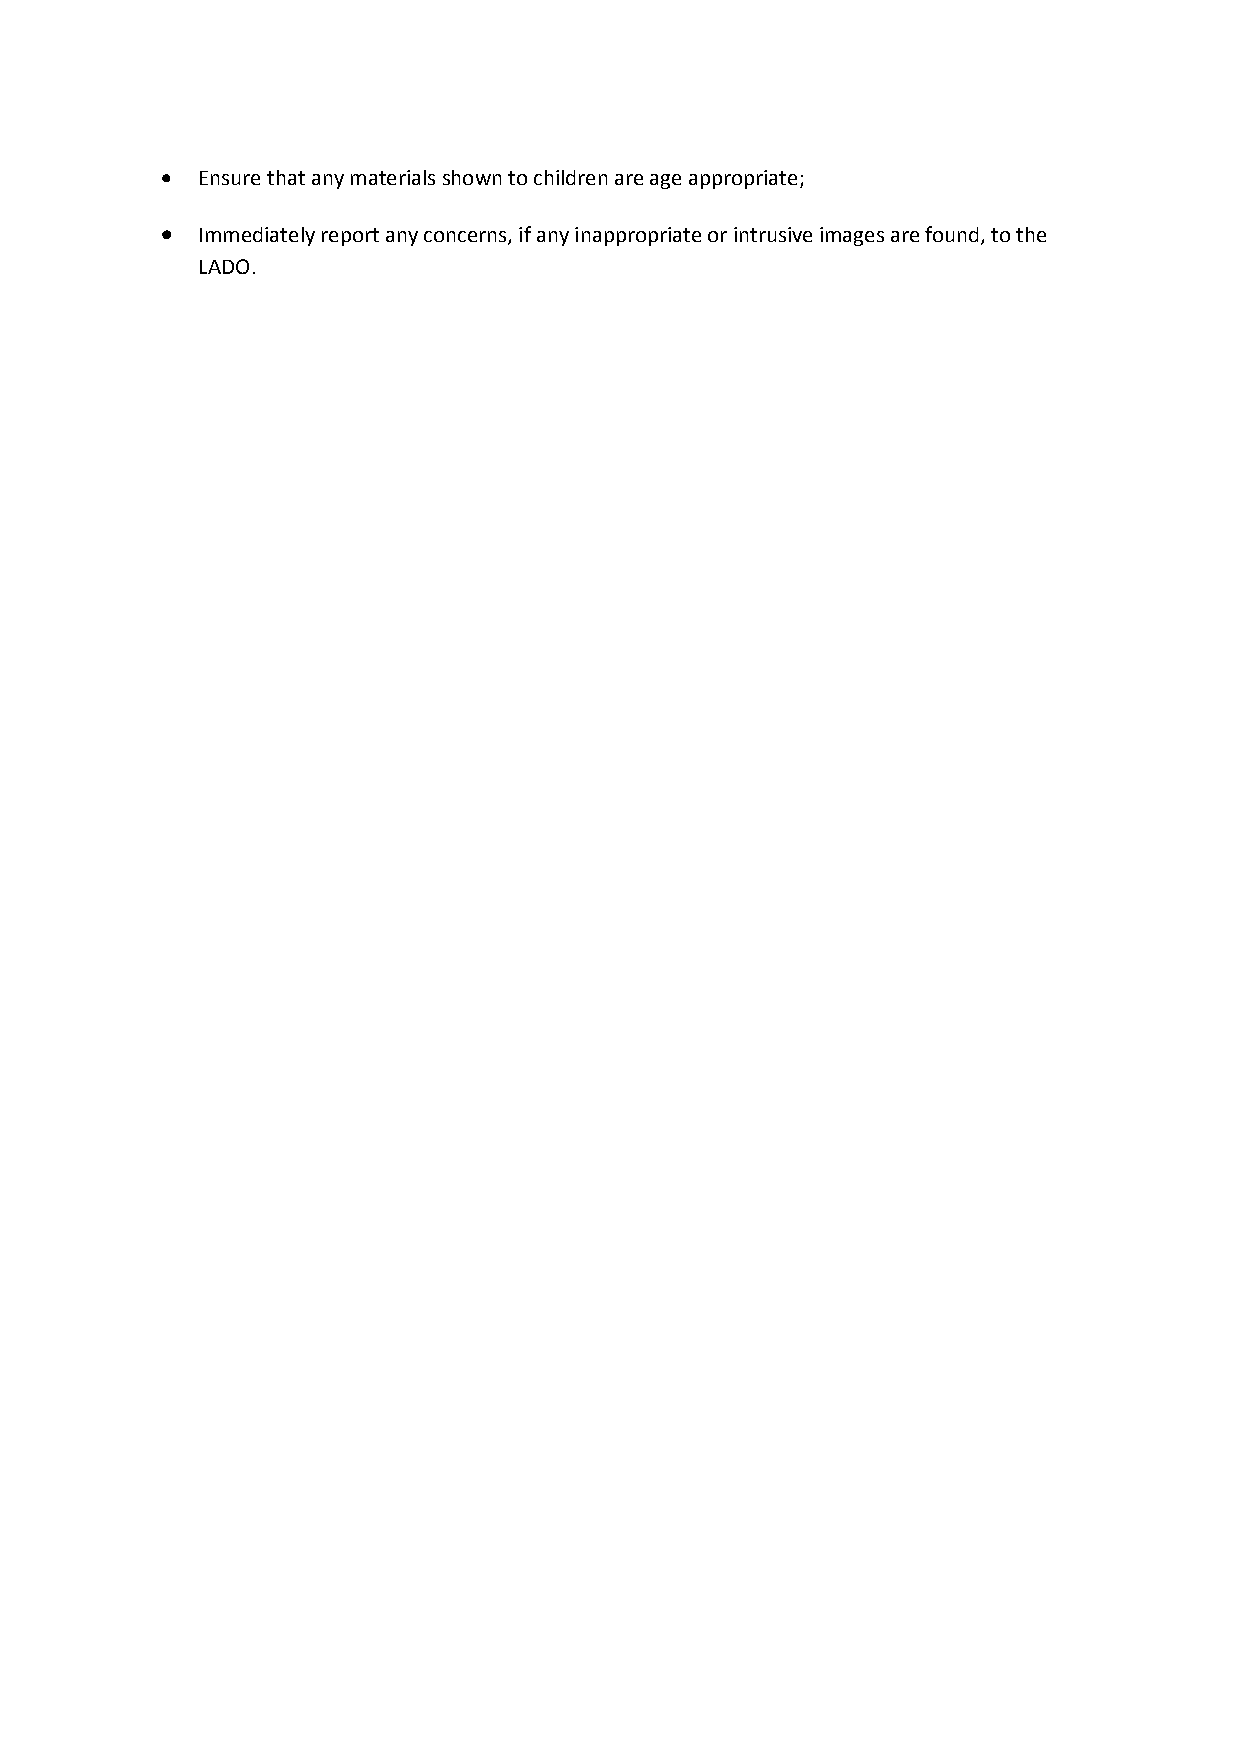
 Ensure that any materials shown to children are age appropriate;
  Immediately report any concerns, if any inappropriate or intrusive images are found, to the
 LADO.